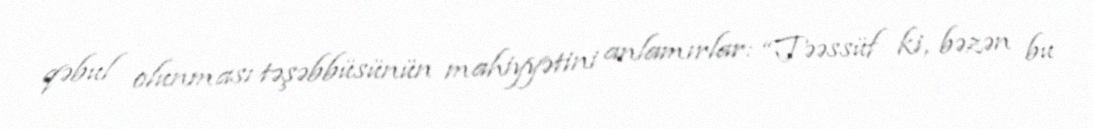
qəbul olunması təşəbbüsünün mahiyyətini anlamırlar: “Təəssüf ki, bəzən bu